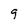
Character: 9